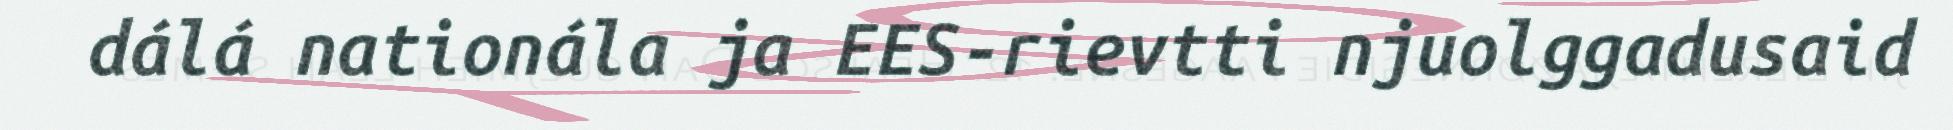
dálá nationála ja EES-rievtti njuolggadusaid